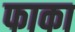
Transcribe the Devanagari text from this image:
फाका